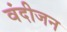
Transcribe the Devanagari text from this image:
वंदीजन